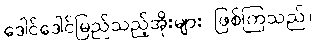
ဒေါင်ဒေါင်မြည်သည့်အိုးများ ဖြစ်ကြသည်။